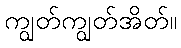
ကျွတ်ကျွတ်အိတ်။